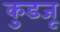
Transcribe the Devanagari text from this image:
कुडजू